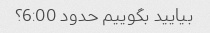
بیایید بگوییم حدود 6:00؟